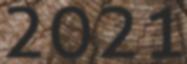
2021